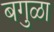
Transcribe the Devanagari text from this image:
बगुळा